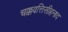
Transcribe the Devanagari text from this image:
चक्कवत्तिसीहनाद